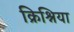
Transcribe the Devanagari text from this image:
क्रिश्निया